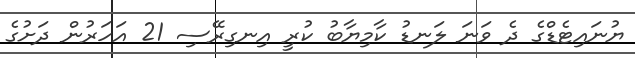
ޔުނައިޓެޑްގެ ދެ ވަނަ ލަނޑު ކާމިޔާބު ކުރީ އިނގިރޭސި 21 އަހަރުން ދަށުގެ